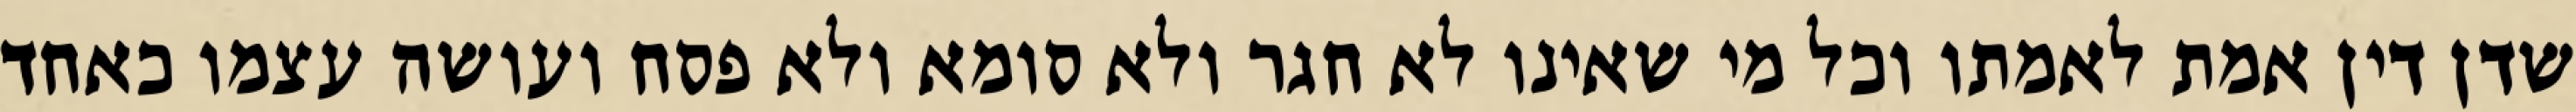
שדן דין אמת לאמתו וכל מי שאינו לא חגר ולא סומא ולא פסח ועושה עצמו כאחד